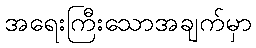
အရေးကြီးသောအချက်မှာ